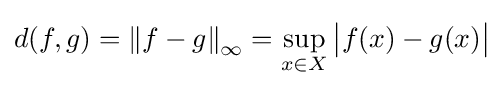
d(f,g)={\|f-g\|}_{\infty }=\sup _{x\in X}{\bigl |}f(x)-g(x){\bigr |}